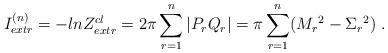
LaTeX: \begin{align*}I_{extr}^{(n)} = -ln Z_{extr}^{cl} = 2 \pi \sum_{r=1}^{n} |P_r Q_r| = \pi \sum_{r=1}^{n} ({M_r}^2 - {\Sigma_r}^2 ) \ .\end{align*}